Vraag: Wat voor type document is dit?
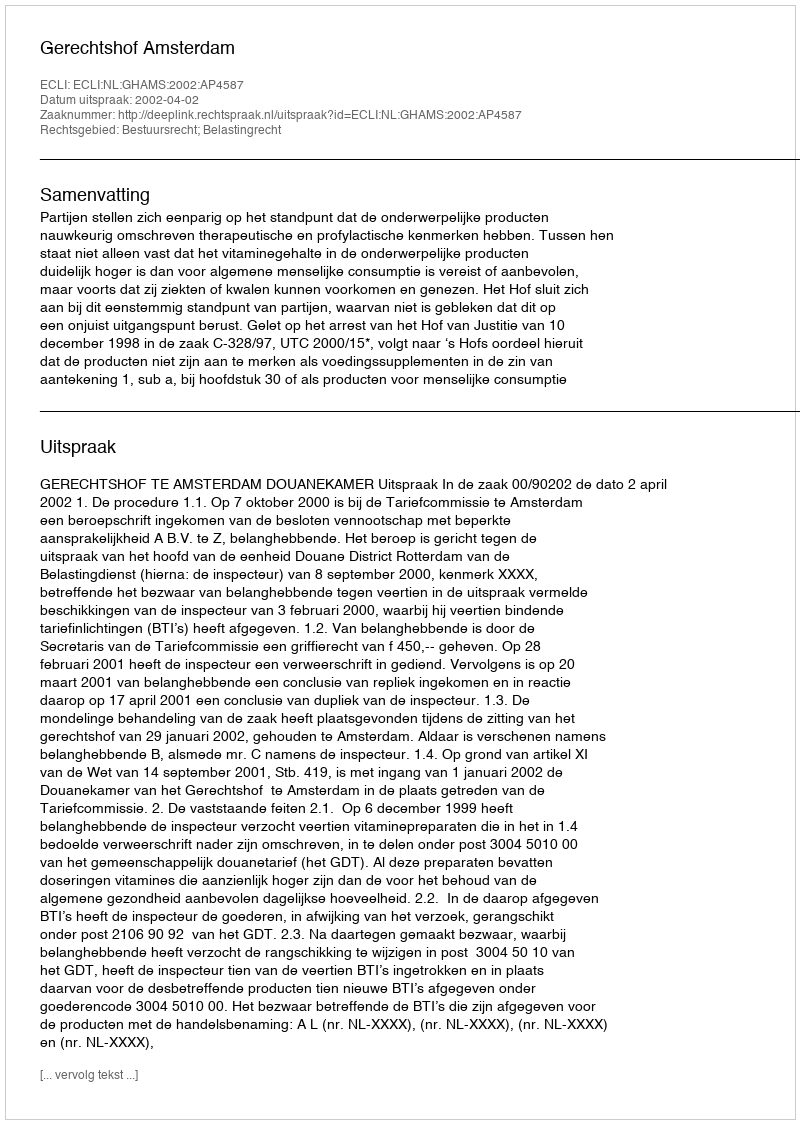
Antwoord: Uitspraak